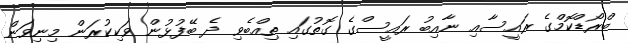
ބްރޯޑްކޮމްގެ ރައީސާއި ނާއިބު ރައީސްގެ ގޮތުގައި ތިއްބެވި ދެ ބޭފުޅުން ވަކިކުރަން މިނިވަން